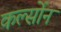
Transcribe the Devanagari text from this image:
कर्ल्सोन